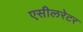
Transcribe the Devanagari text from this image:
एसीलरेटर